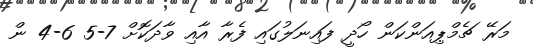
މަރޭ ޗެމްޕިއަންކަން ހޯދީ ފައިނަލުގައި ފެރާ އާއި ވާދަކޮށް 7-5 6-4 ން